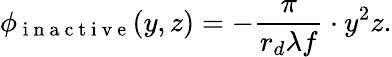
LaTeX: \phi_{\mathrm{~i~n~a~c~t~i~v~e~}}(y,z)=-\frac{\pi}{r_{d}\lambda f}\cdot y^{2}z.